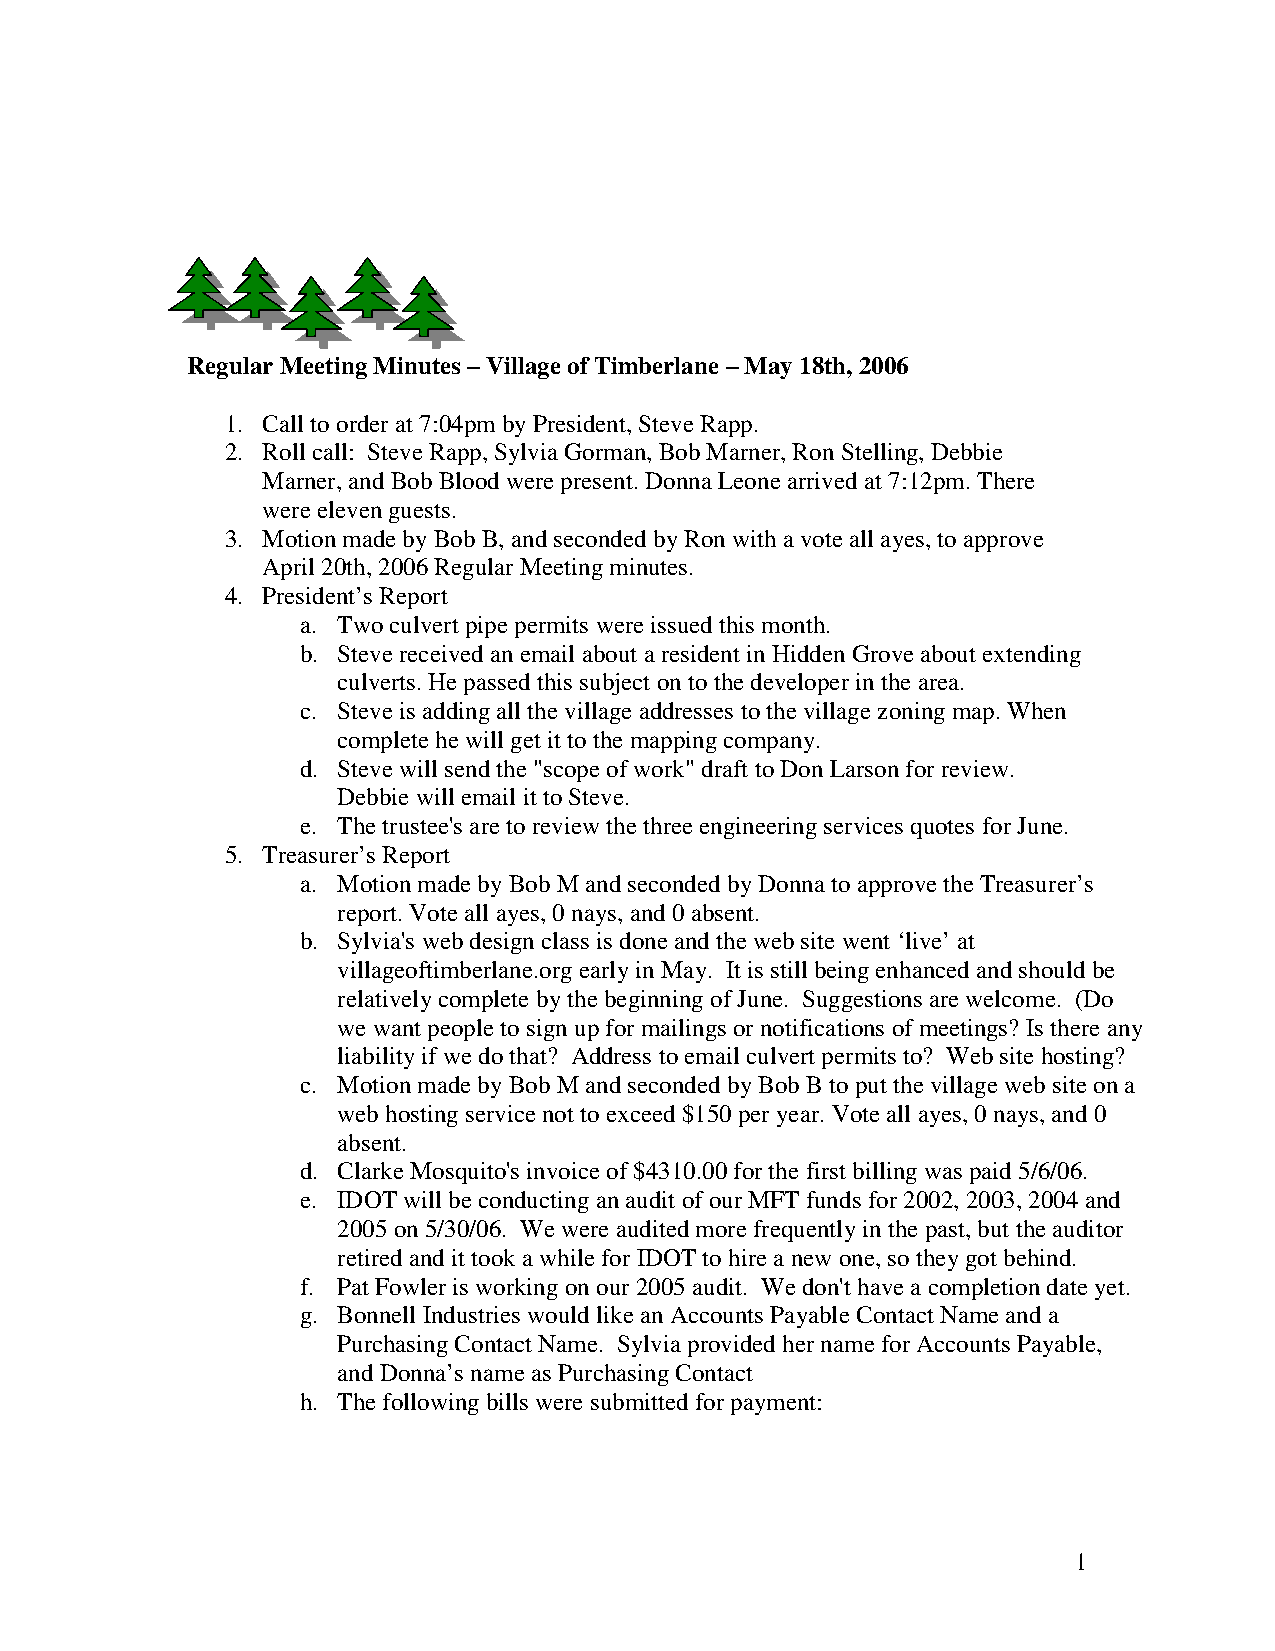
Regular Meeting Minutes – Village of Timberlane – May 18th, 2006
 1. Call to order at 7:04pm by President, Steve Rapp.
 2. Roll call: Steve Rapp, Sylvia Gorman, Bob Marner, Ron Stelling, Debbie
 Marner, and Bob Blood were present. Donna Leone arrived at 7:12pm. There
 were eleven guests.
 3. Motion made by Bob B, and seconded by Ron with a vote all ayes, to approve
 April 20th, 2006 Regular Meeting minutes.
 4. President’s Report
 a. Two culvert pipe permits were issued this month.
 b. Steve received an email about a resident in Hidden Grove about extending
 culverts. He passed this subject on to the developer in the area.
 c. Steve is adding all the village addresses to the village zoning map. When
 complete he will get it to the mapping company.
 d. Steve will send the "scope of work" draft to Don Larson for review.
 Debbie will email it to Steve.
 e. The trustee's are to review the three engineering services quotes for June.
 5. Treasurer’s Report
 a. Motion made by Bob M and seconded by Donna to approve the Treasurer’s
 report. Vote all ayes, 0 nays, and 0 absent.
 b. Sylvia's web design class is done and the web site went ‘live’ at
 villageoftimberlane.org early in May. It is still being enhanced and should be
 relatively complete by the beginning of June. Suggestions are welcome. (Do
 we want people to sign up for mailings or notifications of meetings? Is there any
 liability if we do that? Address to email culvert permits to? Web site hosting?
 c. Motion made by Bob M and seconded by Bob B to put the village web site on a
 web hosting service not to exceed $150 per year. Vote all ayes, 0 nays, and 0
 absent.
 d. Clarke Mosquito's invoice of $4310.00 for the first billing was paid 5/6/06.
 e. IDOT will be conducting an audit of our MFT funds for 2002, 2003, 2004 and
 2005 on 5/30/06. We were audited more frequently in the past, but the auditor
 retired and it took a while for IDOT to hire a new one, so they got behind.
 f. Pat Fowler is working on our 2005 audit. We don't have a completion date yet.
 g. Bonnell Industries would like an Accounts Payable Contact Name and a
 Purchasing Contact Name. Sylvia provided her name for Accounts Payable,
 and Donna’s name as Purchasing Contact
 h. The following bills were submitted for payment:
 1